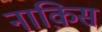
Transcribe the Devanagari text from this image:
नाक़िस